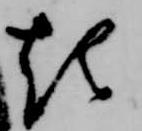
起